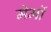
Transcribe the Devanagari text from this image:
मेमों